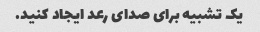
یک تشبیه برای صدای رعد ایجاد کنید.